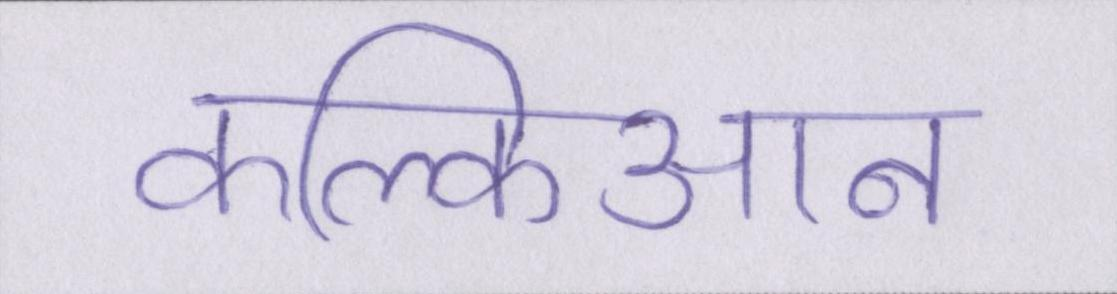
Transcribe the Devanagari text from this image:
कल्किआन